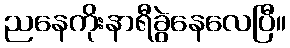
ညနေကိုးနာရီခွဲနေလေပြီ။